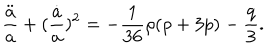
LaTeX: \frac { \ddot { a } } { a } + ( \frac { \dot { a } } { a } ) ^ { 2 } = - \frac { 1 } { 3 6 } \rho ( \rho + 3 p ) - \frac { q } { 3 } .